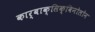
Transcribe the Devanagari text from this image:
कार्बाक्सिक्विनोलोन